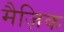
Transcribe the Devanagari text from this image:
मैज़िक